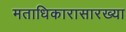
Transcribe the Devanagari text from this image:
मताधिकारासारख्या